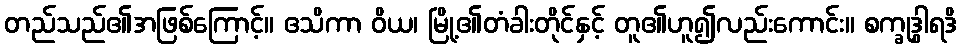
တည်သည်၏အဖြစ်ကြောင့်။ ဧသိကာ ဝိယ၊ မြို့၏တံခါးတိုင်နှင့် တူ၏ဟူ၍လည်းကောင်း။ စက္ခုဒွါရဒိ